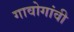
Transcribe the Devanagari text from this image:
गावोगांवी